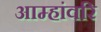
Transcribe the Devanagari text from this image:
आम्हांवरि